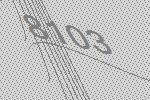
8103